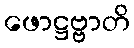
ဖောဋ္ဌဗ္ဗာတိ